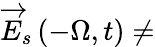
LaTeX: \overrightarrow{E}_{s}\left(-\Omega,t\right)\neq